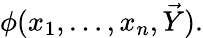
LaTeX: \phi(x_{1},\dots,x_{n},{\vec{Y}}).